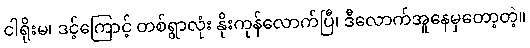
ငါရိုးမ၊ ဒင့်ကြောင့် တစ်ရွာလုံး နိုးကုန်လောက်ပြီ၊ ဒီလောက်အူနေမှတော့တဲ့။